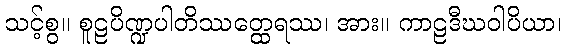
သင့်စွ။ စူဠပိဏ္ဍပါတိဿတ္ထေရဿ၊ အား။ ကာဠဒီဃဝါပိယာ၊